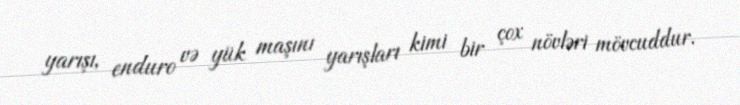
yarışı, enduro və yük maşını yarışları kimi bir çox növləri mövcuddur.